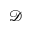
\mathscr D